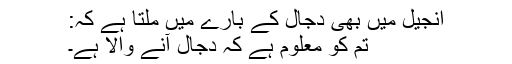
انجیل میں بھی دجّال كے بارے میں ملتا ہے كہ:
تم كو معلوم ہے كہ دجال آنے والا ہے۔